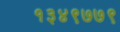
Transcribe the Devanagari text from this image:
१३४९७७९